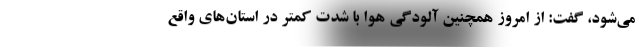
می‌شود، گفت: از امروز همچنین آلودگی هوا با شدت کمتر در استان‌های واقع